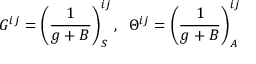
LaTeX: G ^ { i j } = \left( { \frac { 1 } { g + B } } \right) _ { S } ^ { i j } , \; \; \Theta ^ { i j } = \left( { \frac { 1 } { g + B } } \right) _ { A } ^ { i j }